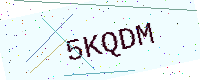
Text: 5KQDM